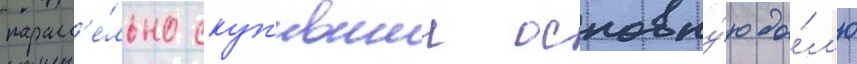
паралл'е́льно скуп'ившии основну́ю до́л'ю